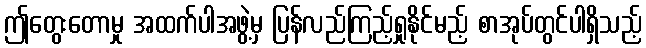
ဤတွေးတောမှု အထက်ပါအဖွဲ့မှ ပြန်လည်ကြည့်ရှုနိုင်မည့် စာအုပ်တွင်ပါရှိသည့်